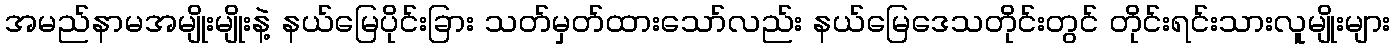
အမည်နာမအမျိုးမျိုးနဲ့ နယ်မြေပိုင်းခြား သတ်မှတ်ထားသော်လည်း နယ်မြေဒေသတိုင်းတွင် တိုင်းရင်းသားလူမျိုးများ